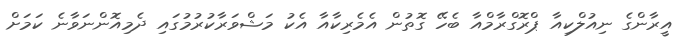
އީރާންގެ ނިއުލްކިއާ ޕްރޮގްރާމްއާ ބެހޭ ގޮތުން އެމެރިކާއާ އެކު މަޝްވަރާކުރުމުގައި ދެމިއޮންނަވާނެ ކަމަށް